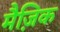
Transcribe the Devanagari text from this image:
मैज़िक